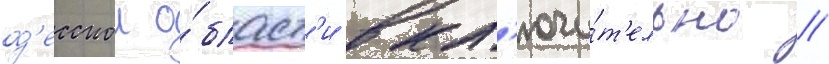
од'есскои о́бласт'и вкл'ючи́т'ельно //